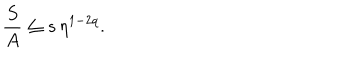
{ \frac { S } { A } } \leq s \, \eta ^ { 1 - 2 q } .